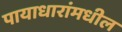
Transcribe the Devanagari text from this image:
पायाधारांमधील